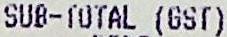
SUB-TOTAL (GST)